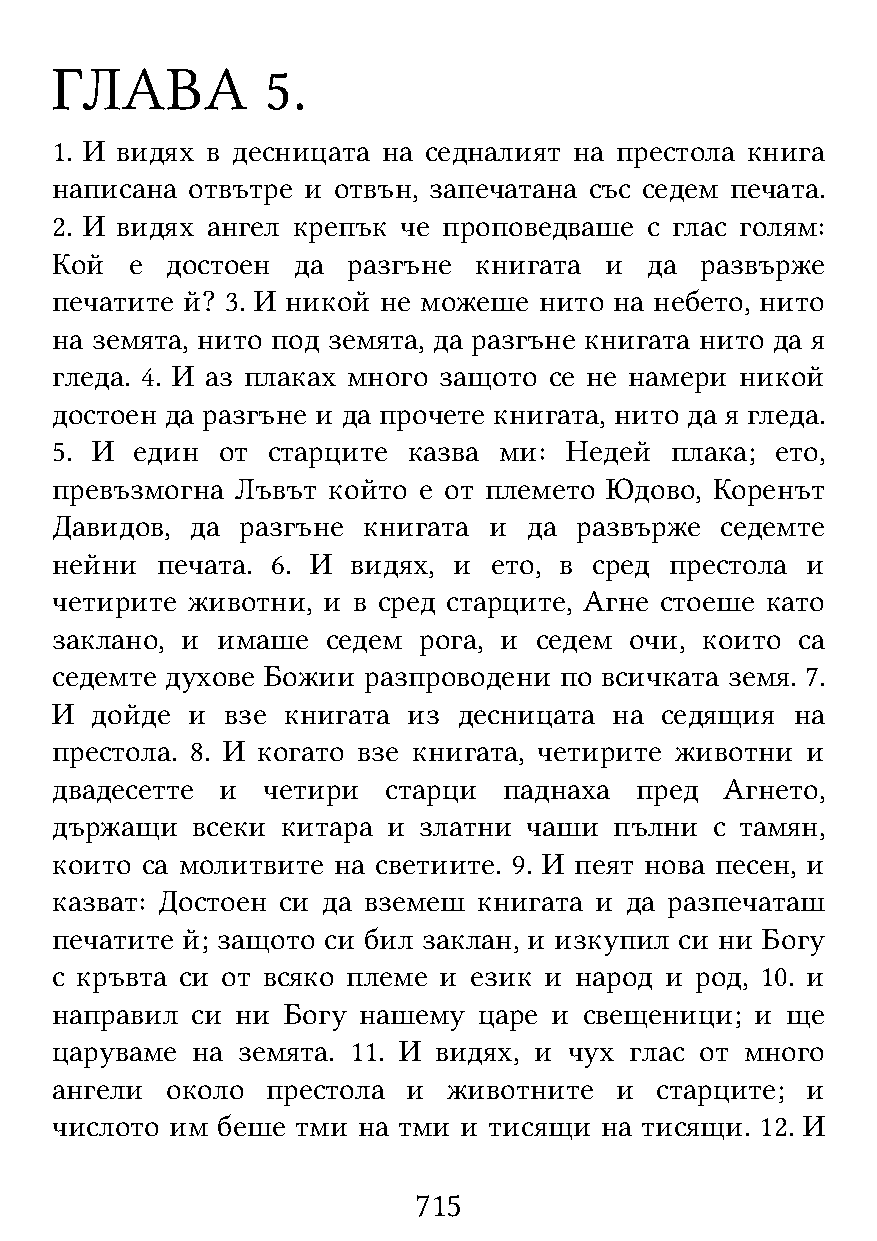
ГЛАВА          5.
 1. И видях в десницата на седналият на престола книга
 написана отвътре и отвън, запечатана със седем печата.
 2. И видях ангел крепък че проповедваше с глас голям:
 Кой   е достоен да  разгъне книгата  и  да развърже
 печатите й? 3. И никой не можеше нито на небето, нито
 на земята, нито под земята, да разгъне книгата нито да я
 гледа. 4. И аз плаках много защото се не намери никой
 достоен да разгъне и да прочете книгата, нито да я гледа.
 5. И  един от  старците казва ми: Недей  плака; ето,
 превъзмогна  Лъвът който е от племето Юдово, Коренът
 Давидов,  да разгъне книгата и  да развърже  седемте
 нейни  печата. 6. И видях, и ето, в сред престола и
 четирите животни, и в сред старците, Агне стоеше като
 заклано, и имаше   седем рога, и седем очи, които са
 седемте духове Божии разпроводени по всичката земя. 7.
 И  дойде и  взе книгата из десницата  на седящия  на
 престола. 8. И когато взе книгата, четирите животни и
 двадесетте  и четири   старци паднаха  пред  Агнето,
 държащи   всеки китара и златни чаши  пълни с тамян,
 които са молитвите на светиите. 9. И пеят нова песен, и
 казват: Достоен си да вземеш книгата и да разпечаташ
 печатите й; защото си бил заклан, и изкупил си ни Богу
 с кръвта си от всяко племе и език и народ и род, 10. и
 направил  си ни Богу нашему  царе и свещеници; и ще
 царуваме  на земята. 11. И видях, и чух глас от много
 ангели  около  престола и  животните  и старците; и
 числото им беше  тми на тми и тисящи на тисящи. 12. И
 715